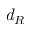
d _ { R }